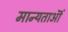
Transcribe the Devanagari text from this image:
मान्यताऒं